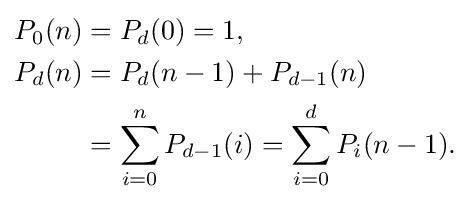
{\begin{aligned}P_{0}(n)&=P_{d}(0)=1,\\P_{d}(n)&=P_{d}(n-1)+P_{d-1}(n)\\&=\sum _{i=0}^{n}P_{d-1}(i)=\sum _{i=0}^{d}P_{i}(n-1).\end{aligned}}